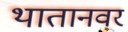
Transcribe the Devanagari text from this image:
थातानवर